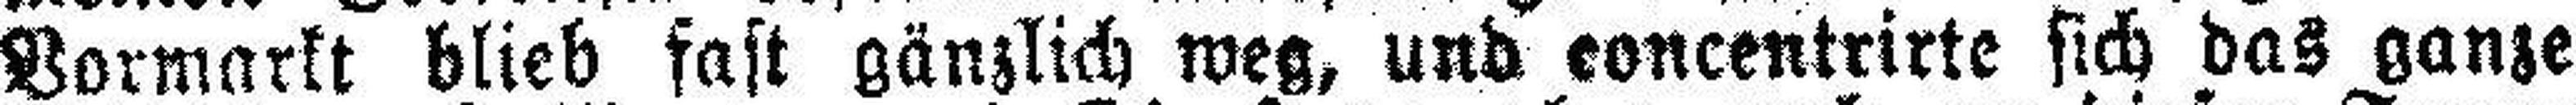
Vormarkt blieb fast gänzlich weg, und concentrirte sich das ganze